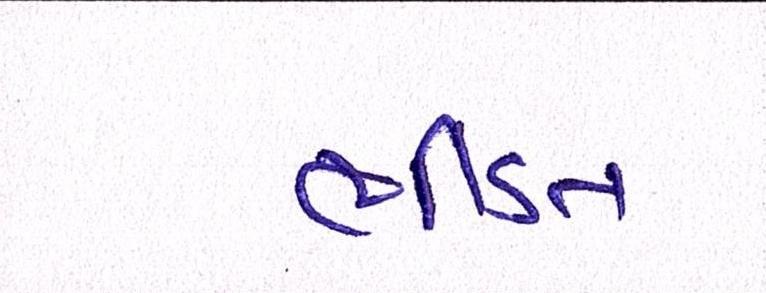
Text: ભીડંત